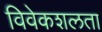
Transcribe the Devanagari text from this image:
विवेकशलता